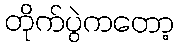
တိုက်ပွဲကတော့